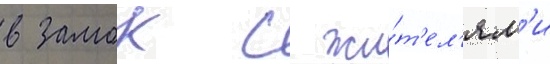
в замок с жи́т'ел'ям'и